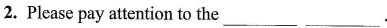
2. Please pay attention to the ___ ___.